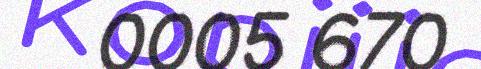
0005 670